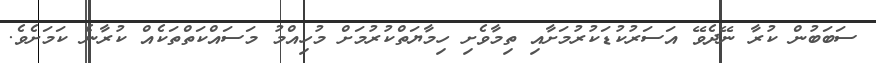
ސަބަބުން ކުރާ ނޭދެވޭ އަސަރުކުޑަކުރުމަށާއި ތިމާވެށި ހިމާޔަތްކުރުމަށް މުހިއްމު މަސައްކަތްތަކެއް ކުރާނެ ކަމަށެވެ.